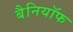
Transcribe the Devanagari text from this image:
बैनियॉफ